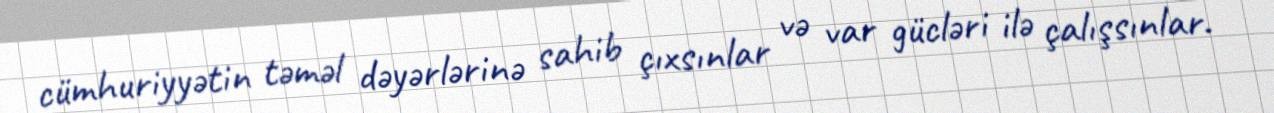
cümhuriyyətin təməl dəyərlərinə sahib çıxsınlar və var gücləri ilə çalışsınlar.